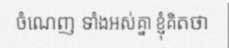
ចំណេញ ទាំងអស់គ្នា ខ្ញុំគិតថា